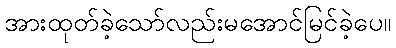
အားထုတ်ခဲ့သော်လည်းမအောင်မြင်ခဲ့ပေ။